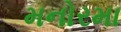
મનોરમા